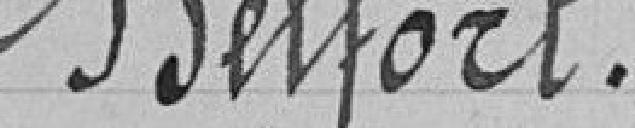
Belfort.